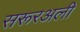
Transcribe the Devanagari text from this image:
सरूरअली